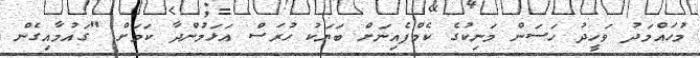
މުހައްމަދު ވަހީދު ހަސަން މަަނިކުގެ ކެމްޕެއިނަށް ބަޔަކު ހުރަސް އަޅަމުންދާ ކަމަށް "ގައުމާއިގެން